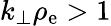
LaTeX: k_{\perp}\rho_{\mathrm{e}}>1